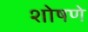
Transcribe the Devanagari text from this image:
शोषणे